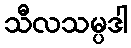
သီလသမ္ပဒါ